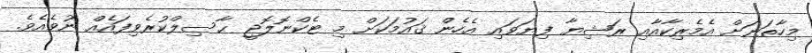
މިހާތަނަށް އެމެރިކާއާއި ރަޝިޔާ ފިޔަވައި އެހެން ޤައުމަކަށް މި ޓެކްނޮލޮޖީ ޙާސިލްކުރެވިފައެއް ނުވެއެވެ.